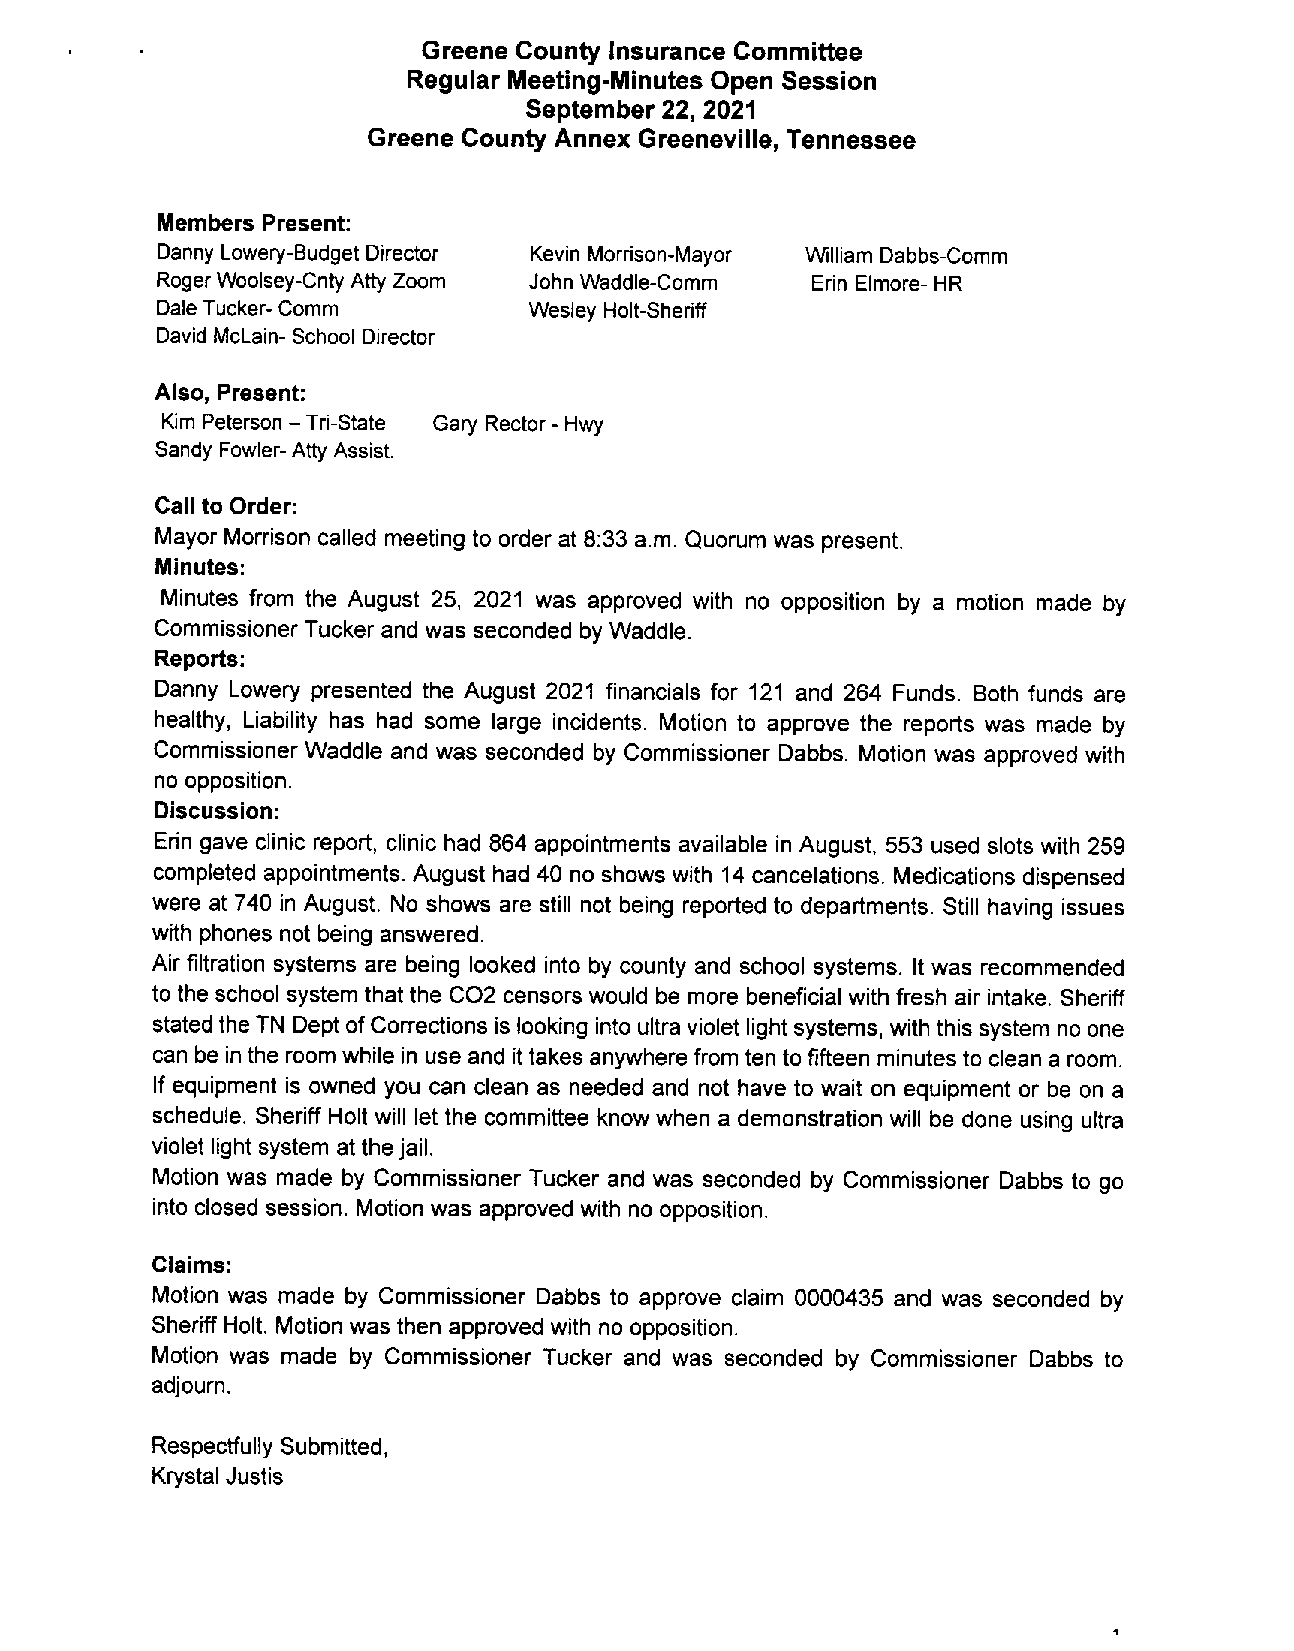
Greene County Insurance Committee
 Regular Meeting-Minutes Open Session
 September 22, 2021
 Greene County Annex Greeneville, Tennessee
 Members Present:
 Danny Lowery-Budget Director Kevin Morrison-Mayor William Dabbs-Comm
 Roger Woolsey-Cnty AllyZoom John Waddle-Comm Erin Elmore- HR
 Dale Tucker- Comm        Wesley Holt-Sheriff
 David McLain-School Director
 Also, Present:
 Kim Peterson Tn-State Gary Rector Hwy
 —                -
 SandyFowler- Ally Assist.
 Call toOrder:
 Mayor Morrisoncalled meetingto order at 8:33 am. Quorum was present.
 Minutes:
 Minutes from the August 25, 2021 was approved with no opposition by a motion made by
 Commissioner Tucker and was seconded by Waddle.
 Reports:
 Danny Lowery presented the August 2021 financials for 121 and 264 Funds. Both funds are
 healthy, Liability has had some large incidents. Motion to approve the reports was made by
 CommissionerWaddle and was seconded by Commissioner Dabbs. Motion was approved with
 no opposition.
 Discussion:
 Erin gave clinic report, clinic had 864 appointments available in August, 553 used slots with 259
 completed appointments. August had 40 no shows with 14 cancelations. Medicationsdispensed
 were at740 in August. No shows are still not being reported to departments. Still having issues
 with phones not being answered.
 Air filtration systems are being looked into by county and school systems. It was recommended
 to the school system that the C02 censors would be more beneficial with fresh air intake. Sheriff
 stated the TN Dept of Correctionsis looking into ultraviolet light systems, with this system no one
 can be in the room while in use and ittakes anywhere fromten to fifteen minutes to clean a room.
 If equipment is owned you can clean as needed and not have to wait on equipment or be on a
 schedule. Sheriff Holt will let the committee know when a demonstration will be done using ultra
 violet light system atthe jail.
 Motion was made by Commissioner Tucker and was seconded by Commissioner Dabbs to go
 into closed session. Motion was approved with no opposition.
 Claims:
 Motion was made by Commissioner Dabbs to approve claim 0000435 and was seconded by
 SheriffHolt. Motion wasthen approved with no opposition.
 Motion was made by Commissioner Tucker and was seconded by Commissioner Dabbs to
 adjourn.
 Respectfully Submitted,
 Krystal Justis